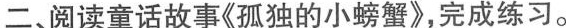
二、阅读童话故事《孤独的小螃蟹》，完成练习。